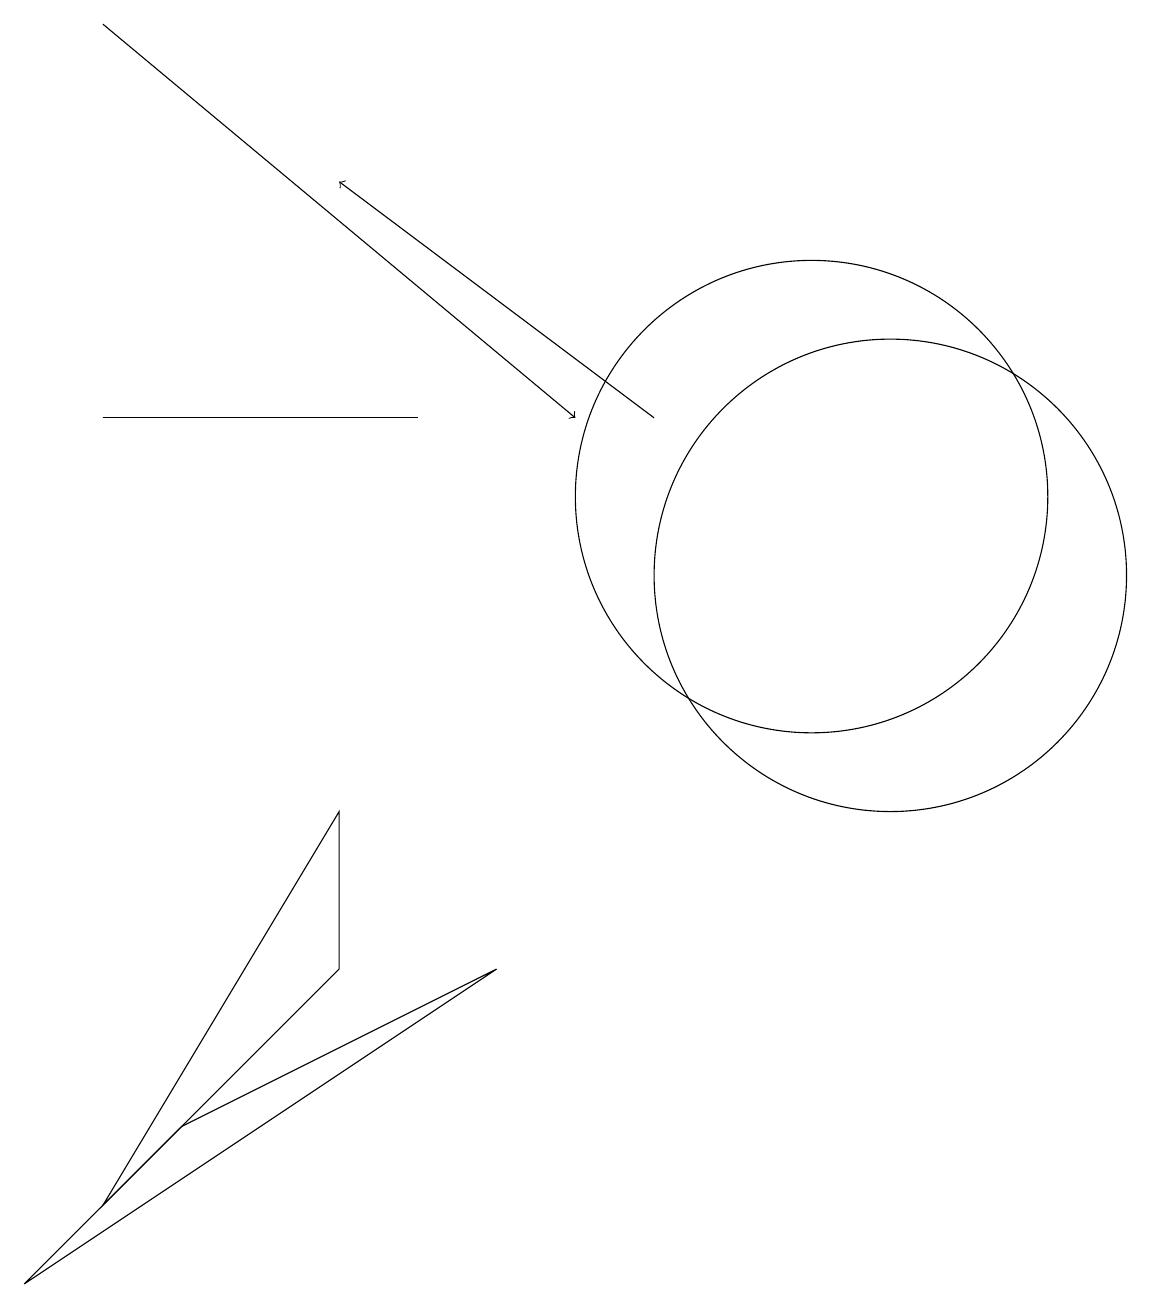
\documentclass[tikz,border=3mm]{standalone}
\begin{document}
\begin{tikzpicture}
\draw[->] (8,13) -- (4,16);
\draw (5,13) rectangle (1,13);
\draw (10,12) circle (3);
\draw (11,11) circle (3);
\draw[->] (1,18) -- (7,13);
\draw (4,8) -- (1,3) -- (4,6) -- cycle;
\draw (2,4) -- (0,2) -- (6,6) -- cycle;
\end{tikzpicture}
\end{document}